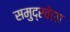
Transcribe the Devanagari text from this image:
समुद्रवेला